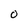
Character: O